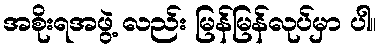
အစိုးရအဖွဲ့ လည်း မြန်မြန်လုပ်မှာ ပါ။